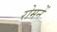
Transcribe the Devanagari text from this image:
रोमनें